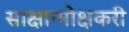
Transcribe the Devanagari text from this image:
साक्षान्मोक्षकरी